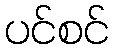
ပင်စင်